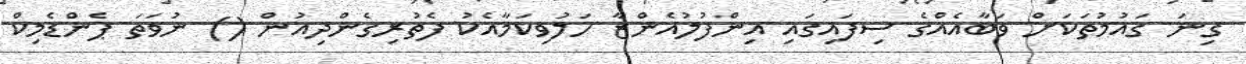
ގިނަ ގައުމުތަކަށް ވަބާއެއްގެ ސިފައިގައި އިންފުލުއެންޒާ ހަލުވިކަމާއެކު ފެތުރިގެންދިއުން () ނުވަތަ ޕެންޑެމިކް